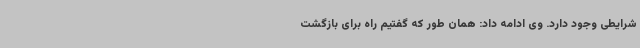
شرایطی وجود دارد. وی ادامه داد: همان طور که گفتیم راه برای بازگشت